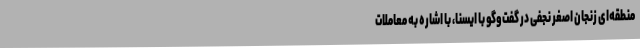
منطقه‌ای زنجان اصغر نجفی در گفت‌وگو با ایسنا، با اشاره به معاملات